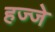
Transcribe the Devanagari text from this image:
हज्जे